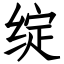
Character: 绽